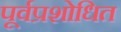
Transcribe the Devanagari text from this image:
पूर्वप्रशोधित